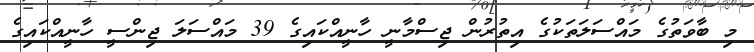
މި ބާވަތުގެ މައްސަލަތަކުގެ އިތުރުން ޖިސްމާނީ ހާނީއްކައިގެ 39 މައްސަލަ ޖިންސީ ހާނީއްކައިގެ